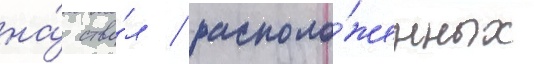
на́ ство́л / располо́женных